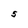
Character: 5